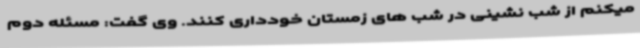
میکنم از شب نشینی در شب های زمستان خودداری کنند. وی گفت: مسئله دوم